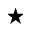
\star